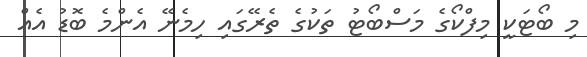
މި ބޯޓަކީ މިފްކޯގެ މަސްބޯޓު ތަކުގެ ތެރޭގައި ހިމެނޭ އެންމެ ބޮޑު އެއް